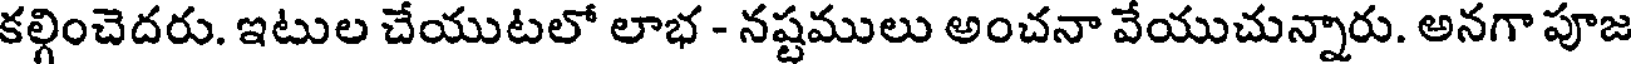
కల్గించెదరు. ఇటుల చేయుటలో లాభ - నష్టములు అంచనా వేయుచున్నారు. అనగా పూజ